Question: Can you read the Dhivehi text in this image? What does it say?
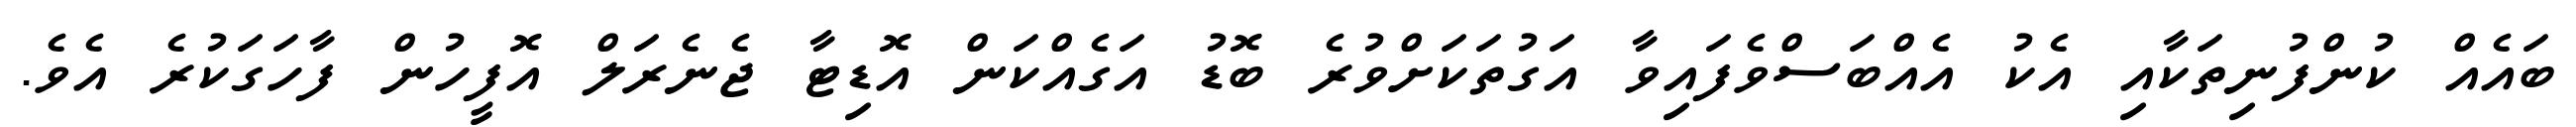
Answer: ބައެއް ކުންފުނިތަކާއި އެކު އެއްބަސްވެފައިވާ އަގުތަކަށްވުރެ ބޮޑު އަގެއްކަން އޮޑިޓާ ޖެނެރަލް އޮފީހުން ފާހަގަކުރެ އެވެ.